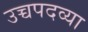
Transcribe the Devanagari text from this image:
उच्चपदव्या